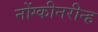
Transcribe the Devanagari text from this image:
नोंग्कीनरीन्ह